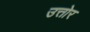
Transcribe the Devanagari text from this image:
उत्तोर